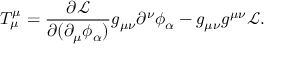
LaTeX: T _ { \mu } ^ { \mu } = { \frac { \partial { \mathcal { L } } } { \partial ( \partial _ { \mu } \phi _ { \alpha } ) } } g _ { \mu \nu } \partial ^ { \nu } \phi _ { \alpha } - g _ { \mu \nu } g ^ { \mu \nu } { \mathcal { L } } .